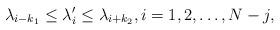
LaTeX: \begin{align*}\lambda_{i-k_1}\leq\lambda'_i\leq\lambda_{i+k_2},i=1,2,\ldots, N-j,\end{align*}